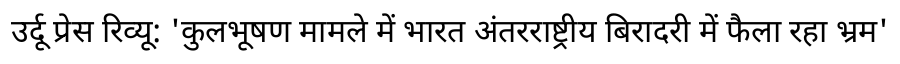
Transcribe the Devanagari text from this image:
उर्दू प्रेस रिव्यू: 'कुलभूषण मामले में भारत अंतरराष्ट्रीय बिरादरी में फैला रहा भ्रम'